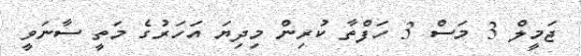
ޖަމީލް 3 މަސް 3 ހަފްތާ ކުރިން މިދިޔަ އަހަރުގެ މަތީ ސާނަވީ